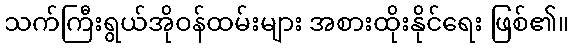
သက်ကြီးရွယ်အိုဝန်ထမ်းများ အစားထိုးနိုင်ရေး ဖြစ်၏။